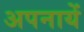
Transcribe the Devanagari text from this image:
अपनायें